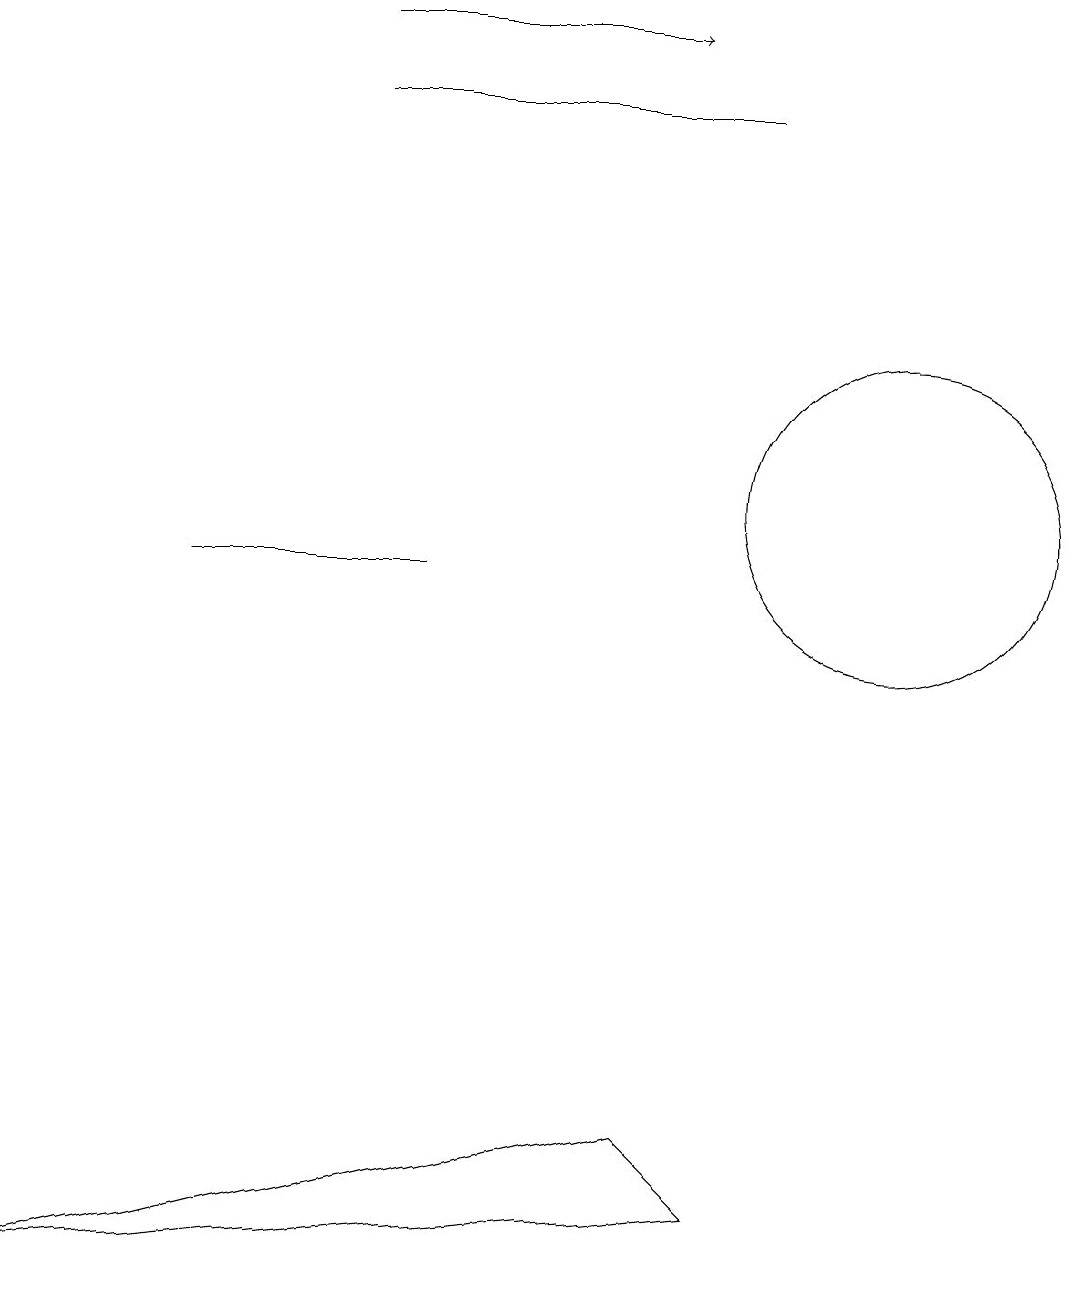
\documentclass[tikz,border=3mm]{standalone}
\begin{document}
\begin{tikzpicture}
\draw[->] (4,18) -- (8,18);
\draw (4,17) rectangle (9,17);
\draw (5,11) rectangle (2,11);
\draw (9,3) -- (0,2) -- (8,4) -- cycle;
\draw (11,12) circle (2);
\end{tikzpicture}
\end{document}